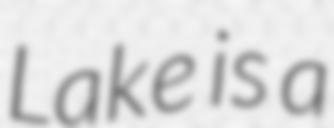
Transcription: Lake is a